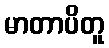
မာတာပိတူ